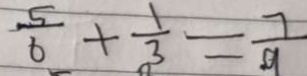
\frac { 5 } { 6 } + \frac { 1 } { 3 } = \frac { 7 } { 9 }